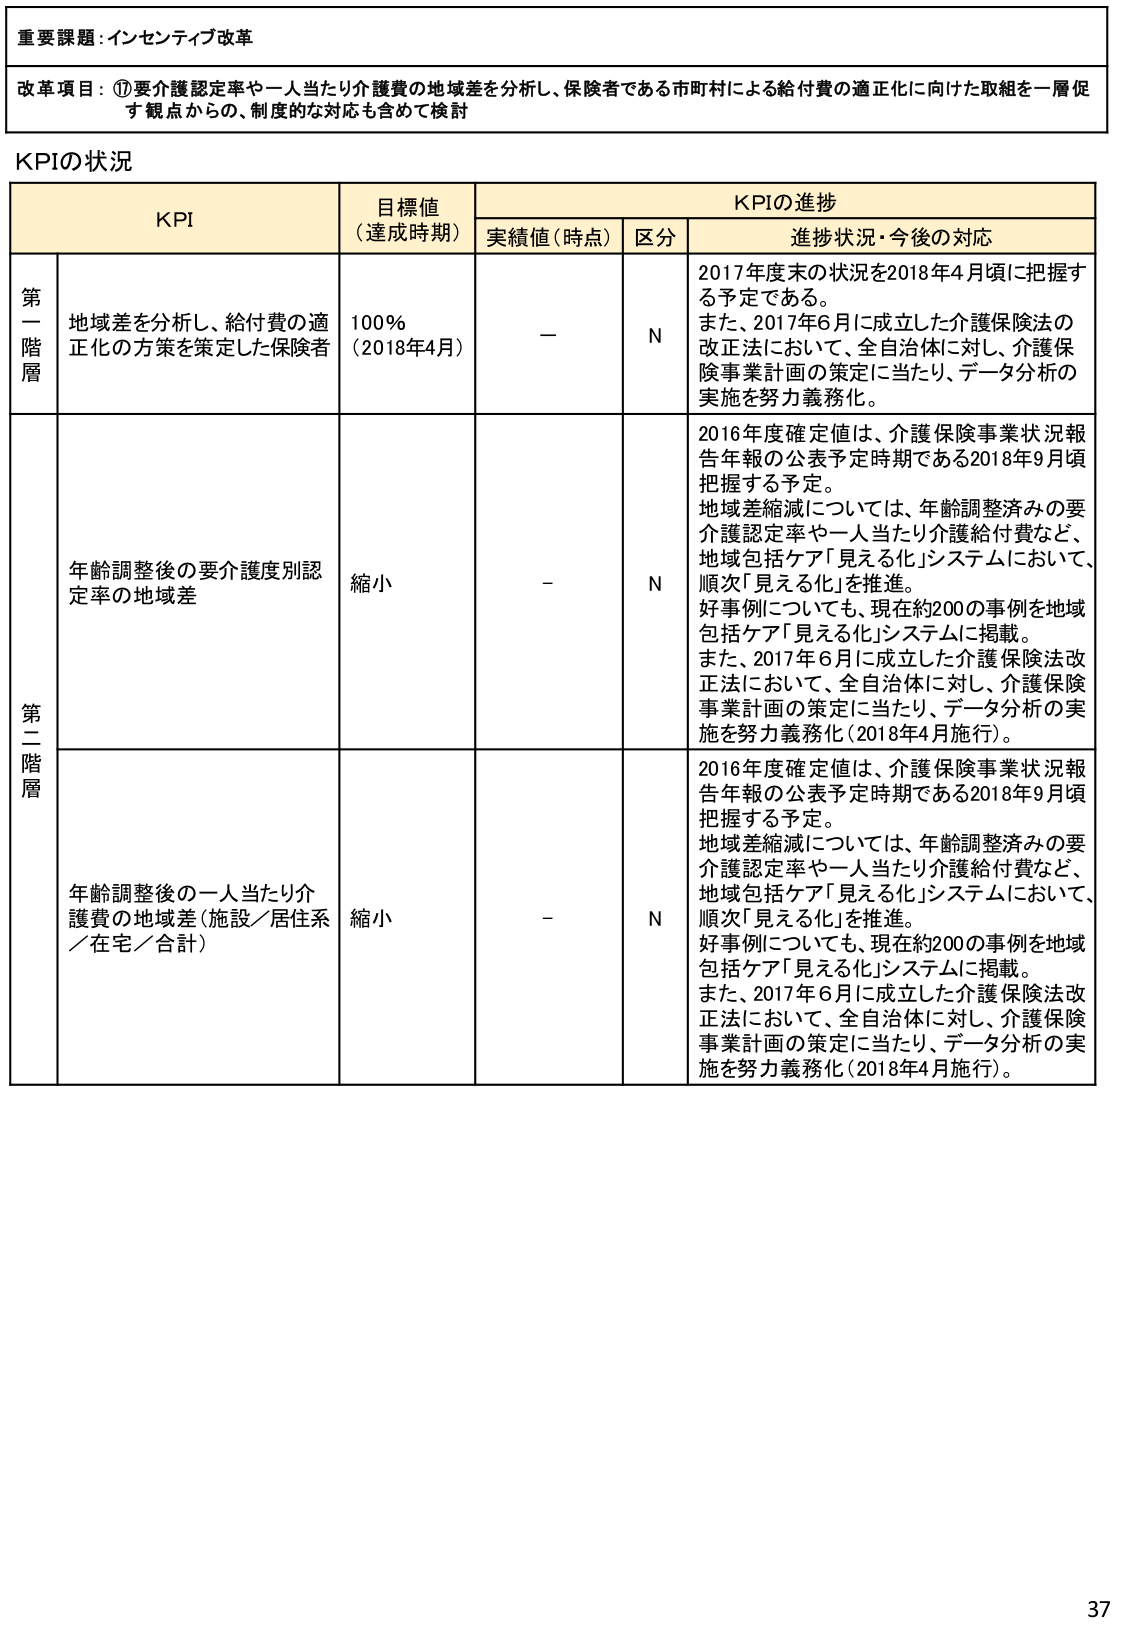
重要課題：インセンティブ改革

改革項目：①要介護認定率や一人当たり介護費の地域差を分析し、保険者である市町村による給付費の適正化に向けた取組を一層促す観点からの、制度的な対応も含めて検討

KPIの状況

KPI 目標値（達成時期） KPIの進捗
実績値（時点） 区分 進捗状況・今後の対応

第一階層 地域差を分析し、給付費の適正化の方策を策定した保険者 100％（2018年4月） － N 2017年度末の状況を2018年4月頃に把握する予定である。また、2017年6月に成立した介護保険法の改正法において、全自治体に対し、介護保険事業計画の策定に当たり、データ分析の実施を努力義務化。

第二階層 年齢調整後の要介護度別認定率の地域差 縮小 － N 2016年度確定値は、介護保険事業状況報告年報の公表予定時期である2018年9月頃把握する予定。地域差縮減については、年齢調整済みの要介護認定率や一人当たり介護給付費など、地域包括ケア「見える化」システムにおいて、順次「見える化」を推進。好事例についても、現在約200の事例を地域包括ケア「見える化」システムに掲載。また、2017年6月に成立した介護保険法改正法において、全自治体に対し、介護保険事業計画の策定に当たり、データ分析の実施を努力義務化（2018年4月施行）。

年齢調整後の一 人当たり介護費の地域差（施設／居住系／在宅／合計） 縮小 － N 2016年度確定値は、介護保険事業状況報告年報の公表予定時期である2018年9月頃把握する予定。地域差縮減については、年齢調整済みの要介護認定率や一人当たり介護給付費など、地域包括ケア「見える化」システムにおいて、順次「見える化」を推進。好事例についても、現在約200の事例を地域包括ケア「見える化」システムに掲載。また、2017年6月に成立した介護保険法改正法において、全自治体に対し、介護保険事業計画の策定に当たり、データ分析の実施を努力義務化（2018年4月施行）。

37